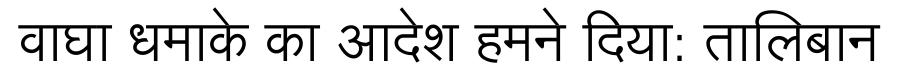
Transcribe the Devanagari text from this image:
वाघा धमाके का आदेश हमने दिया: तालिबान